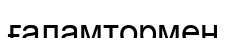
ғаламтормен